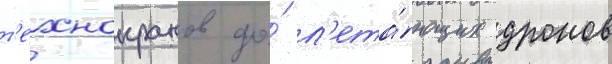
т'ехнокранов до́ л'ета́ющих дронов